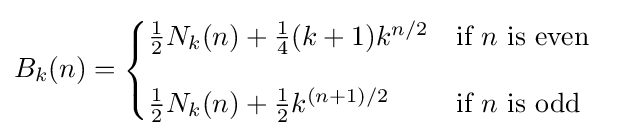
B_{k}(n)={\begin{cases}{\tfrac {1}{2}}N_{k}(n)+{\tfrac {1}{4}}(k+1)k^{n/2}&{\text{if }}n{\text{ is even}}\\[10px]{\tfrac {1}{2}}N_{k}(n)+{\tfrac {1}{2}}k^{(n+1)/2}&{\text{if }}n{\text{ is odd}}\end{cases}}\quad